King Institute of Preventive Medicine Bacteriolog. Section reports 1907-08
Year: 1907
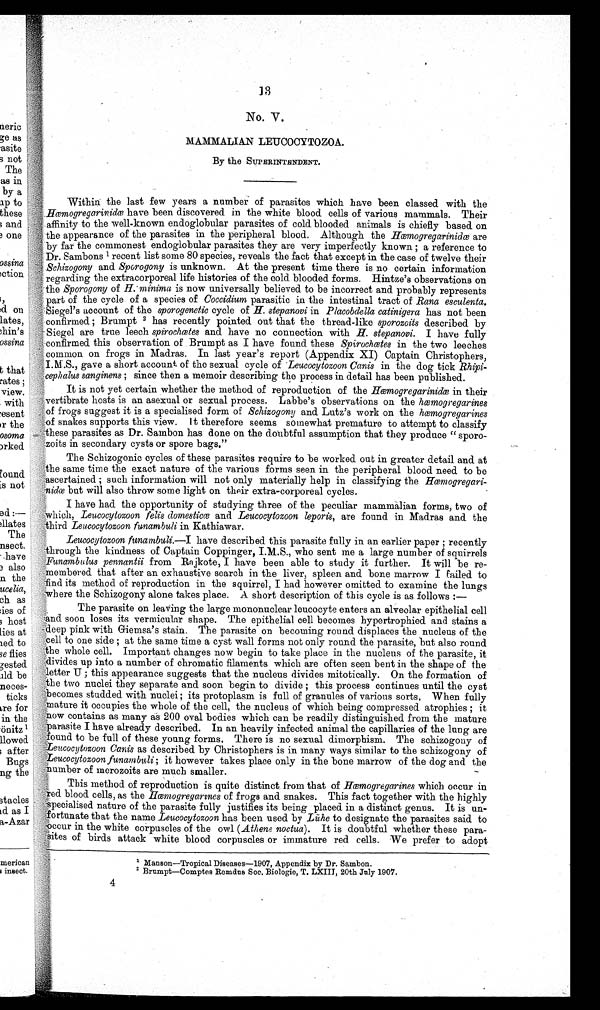
13
No. V.
MAMMALIAN LEUCOCYTOZOA.
By the SUPERINTENDENT.
Within the last few years a number of parasites which have been classed with the
Hœmogregarinidœ have been discovered in the white blood cells of various mammals. Their
affinity to the well-known endoglobular parasites of cold blooded animals is chiefly based on
the appearance of the parasites
in the peripheral
blood. Although the Hœmogregarinidœ are by far the commonest endoglobular parasites they are ve
ry imperfectly known ; a reference to Dr. Sambons 1 recent list some 80 species, reveals the fact that except in the case of twelve their
Schizogony and Sporogony is unknown. At the present time there is no certain information
regarding the extracorporeal life histories of the cold blooded forms. Hintze's observations on
the Sporogony of H. minima is now universally believed to be incorrect and probably represents
part of the cycle of a species of Coccidium parasitic in the intestinal tract of Rana esculenta.
Siegel's account of the sporogenetic cycle of H. stepanovi in Placobdella catinigera has not been
confirmed ; Brumpt 2 has recently pointed. out that the thread-like sporozoits described by
Siegel are true leech spirochœtes and have no connection with H. stepanovi. I have fully
confirmed this observation of Brumpt as I have found. these Spirochœtes in the two leeches
4 common on frogs in Madras. In last year's report (Appendix XI) Captain Christophers,
I.M.S., gave a short account of the sexual cycle of Leucocytozoon Canis in the dog tick Rhipi-
cephalus sanginens ; since then a memoir describing the process in detail has been published.
It is not yet certain whether the method of reproduction of the Hœmogregarinidœ in their
vertibrate hosts is an asexual or sexual process. Labbe's observations on the hœmogregarines
of frogs suggest it is a specialised form of Schizogony and Lutz's work on the hœmogregarines
of snakes supports this view. It therefore seems somewhat premature to attempt to classify
these parasites as Dr. Sambon has done on the doubtful assumption that they produce "
sporozoits in secondary cysts or spore bags."
The Schizogonic cycles of these parasites require to be worked out in greater detail and at
the same time the exact nature of the various forms seen in the peripheral blood need to be
'ascertained ; such information will not only materially help in classifying the
Hœmogregarinidœ but will also throw some light on their extra-corporeal cycles.
I have had the opportunity of studying three of the peculiar mammalian forms, two of
which, Leucocytozoon fells domesticœ and Leucocytozoon leporis, are found in Madras and the
third Leucocytozoon funambuli in Kathiawar.
Leucocytozoon funarnbuli.— I have described this parasite fully in an earlier paper ; recently
through the kindness of Captain Coppinger, I.M..S., who sent me a large number of squirrels
Funambulus pennantii from Ra jkote, I have been able to study it further. It will be re-
. membered that after an exhaustive search in the liver, spleen and bone marrow I railed to
find its method of reproduction in the squirrel, I had however omitted to examine the lungs
where the Schizogony alone takes place. A short description of this cycle is as follows:—
The parasite on leaving the large mononuclear leucocyte enters an alveolar epithelial cell
and soon loses its vermicular shape. The epithelial cell becomes hypertrophied and stains a
deep pink with Giemsa's stain. The parasite on becoming round displaces the nucleus of the
cell to one side ; at the same time a cyst wall forms not only round the parasite, but also round
the whole cell. Important changes now begin to take place in the nucleus of the parasite, it
divides up into a number of chromatic filaments which are often seen bent in the shape of the
letter U ; this appearance suggests that the nucleus divides mitotically. On the formation of
the two nuclei they separate and soon begin to divide ; this process continues until the cyst
becomes studded with nuclei; its protoplasm is full of granules of various sorts. When fully
mature it occupies the whole of the cell, the nucleus of which being compressed atrophies ; it
now contains as many as 200 oval bodies which can be readily distinguished from the mature
parasite I have already described. In an heavily infected animal the capillaries of the lung are
found to be full of these young forms. There is no sexual dimorphism. The schizogony of
:Leucocytozoon Canis as described by Christophers is in many ways similar to the schizogony of
Leucocytozoon funambuli ; it however takes place only in the bone marrow of the dog and the
number of merozoits are much smaller.
This method of reproduction is quite distinct from that of Hœmogregarines which occur in
red blood cells, as the Hœmogregarines of frogs and snakes. This fact together with the
highly specialised nature of the parasite fully justifies its being placed in a distinct genus. It is un-
fortunate that the name Leucocytozoon has been used by Lühe to designate the parasites said to
occur in the white corpuscles of the owl (Athene noctua). It is doubtful whether these para-
sites of birds attack white blood corpuscles or immature red cells. We prefer to adopt
1 Manson—Tropical Diseases-1907, Appendix by Dr. Sambon.
2 Brumpt—Comptes Remdus Soc. Biologie, T. LXIII, 20th July 1907.
4